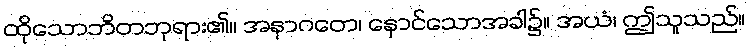
ထိုသောဘိတဘုရား၏။ အနာဂတေ၊ နောင်သောအခါ၌။ အယံ၊ ဤသူသည်။